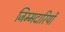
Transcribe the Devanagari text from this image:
जिम्मदारियों